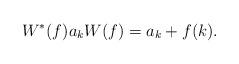
LaTeX: \begin{align*}W^*(f) a_k W(f) = a_k + f(k).\end{align*}